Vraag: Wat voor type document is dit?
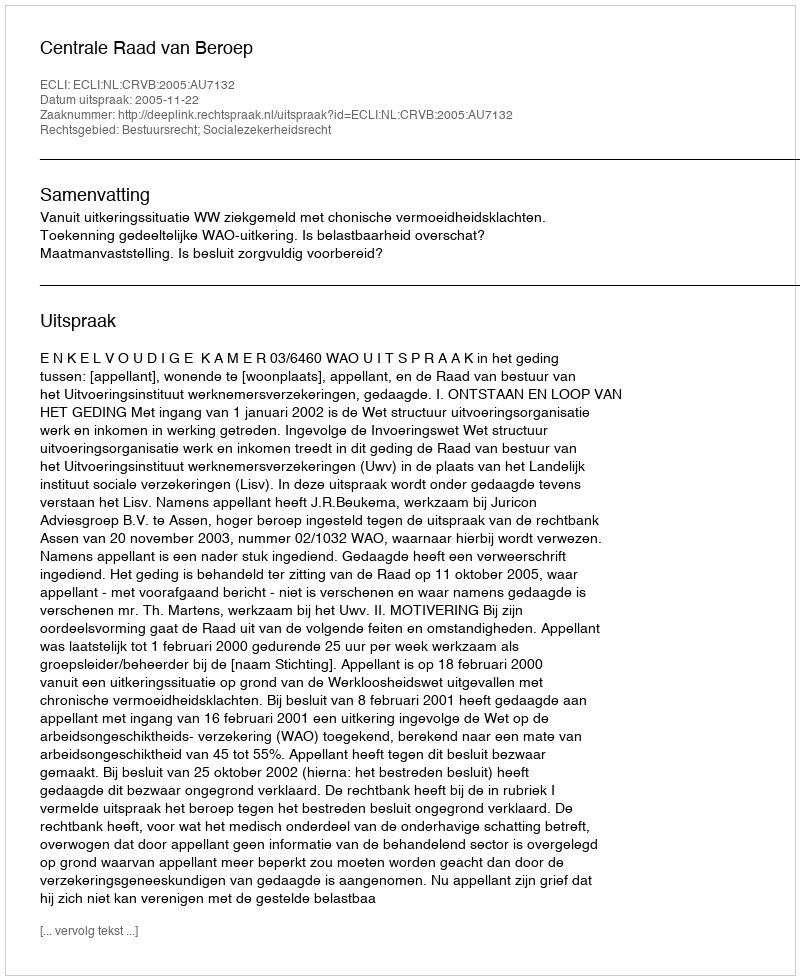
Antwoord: Uitspraak